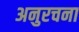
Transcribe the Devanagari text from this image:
अनुरचना